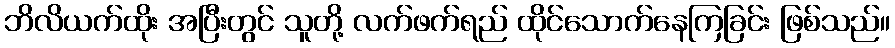
ဘိလိယက်ထိုး အပြီးတွင် သူတို့ လက်ဖက်ရည် ထိုင်သောက်နေကြခြင်း ဖြစ်သည်။